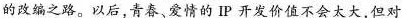
的改编之路。以后青春、爱情的 IP开发价值不会太大但对